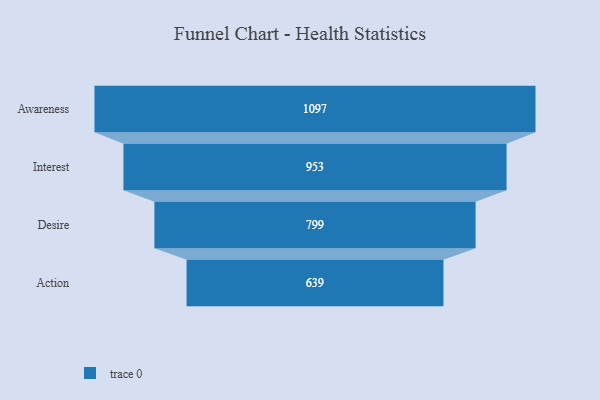
{"axis": {"x": "Stage", "y": "Value"}, "legend": [""], "data": [{"x": "Awareness", "y": 1097.0, "type": ""}, {"x": "Interest", "y": 953.0, "type": ""}, {"x": "Desire", "y": 799.0, "type": ""}, {"x": "Action", "y": 639.0, "type": ""}]}